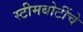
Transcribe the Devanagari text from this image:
स्टीमबोटींचे